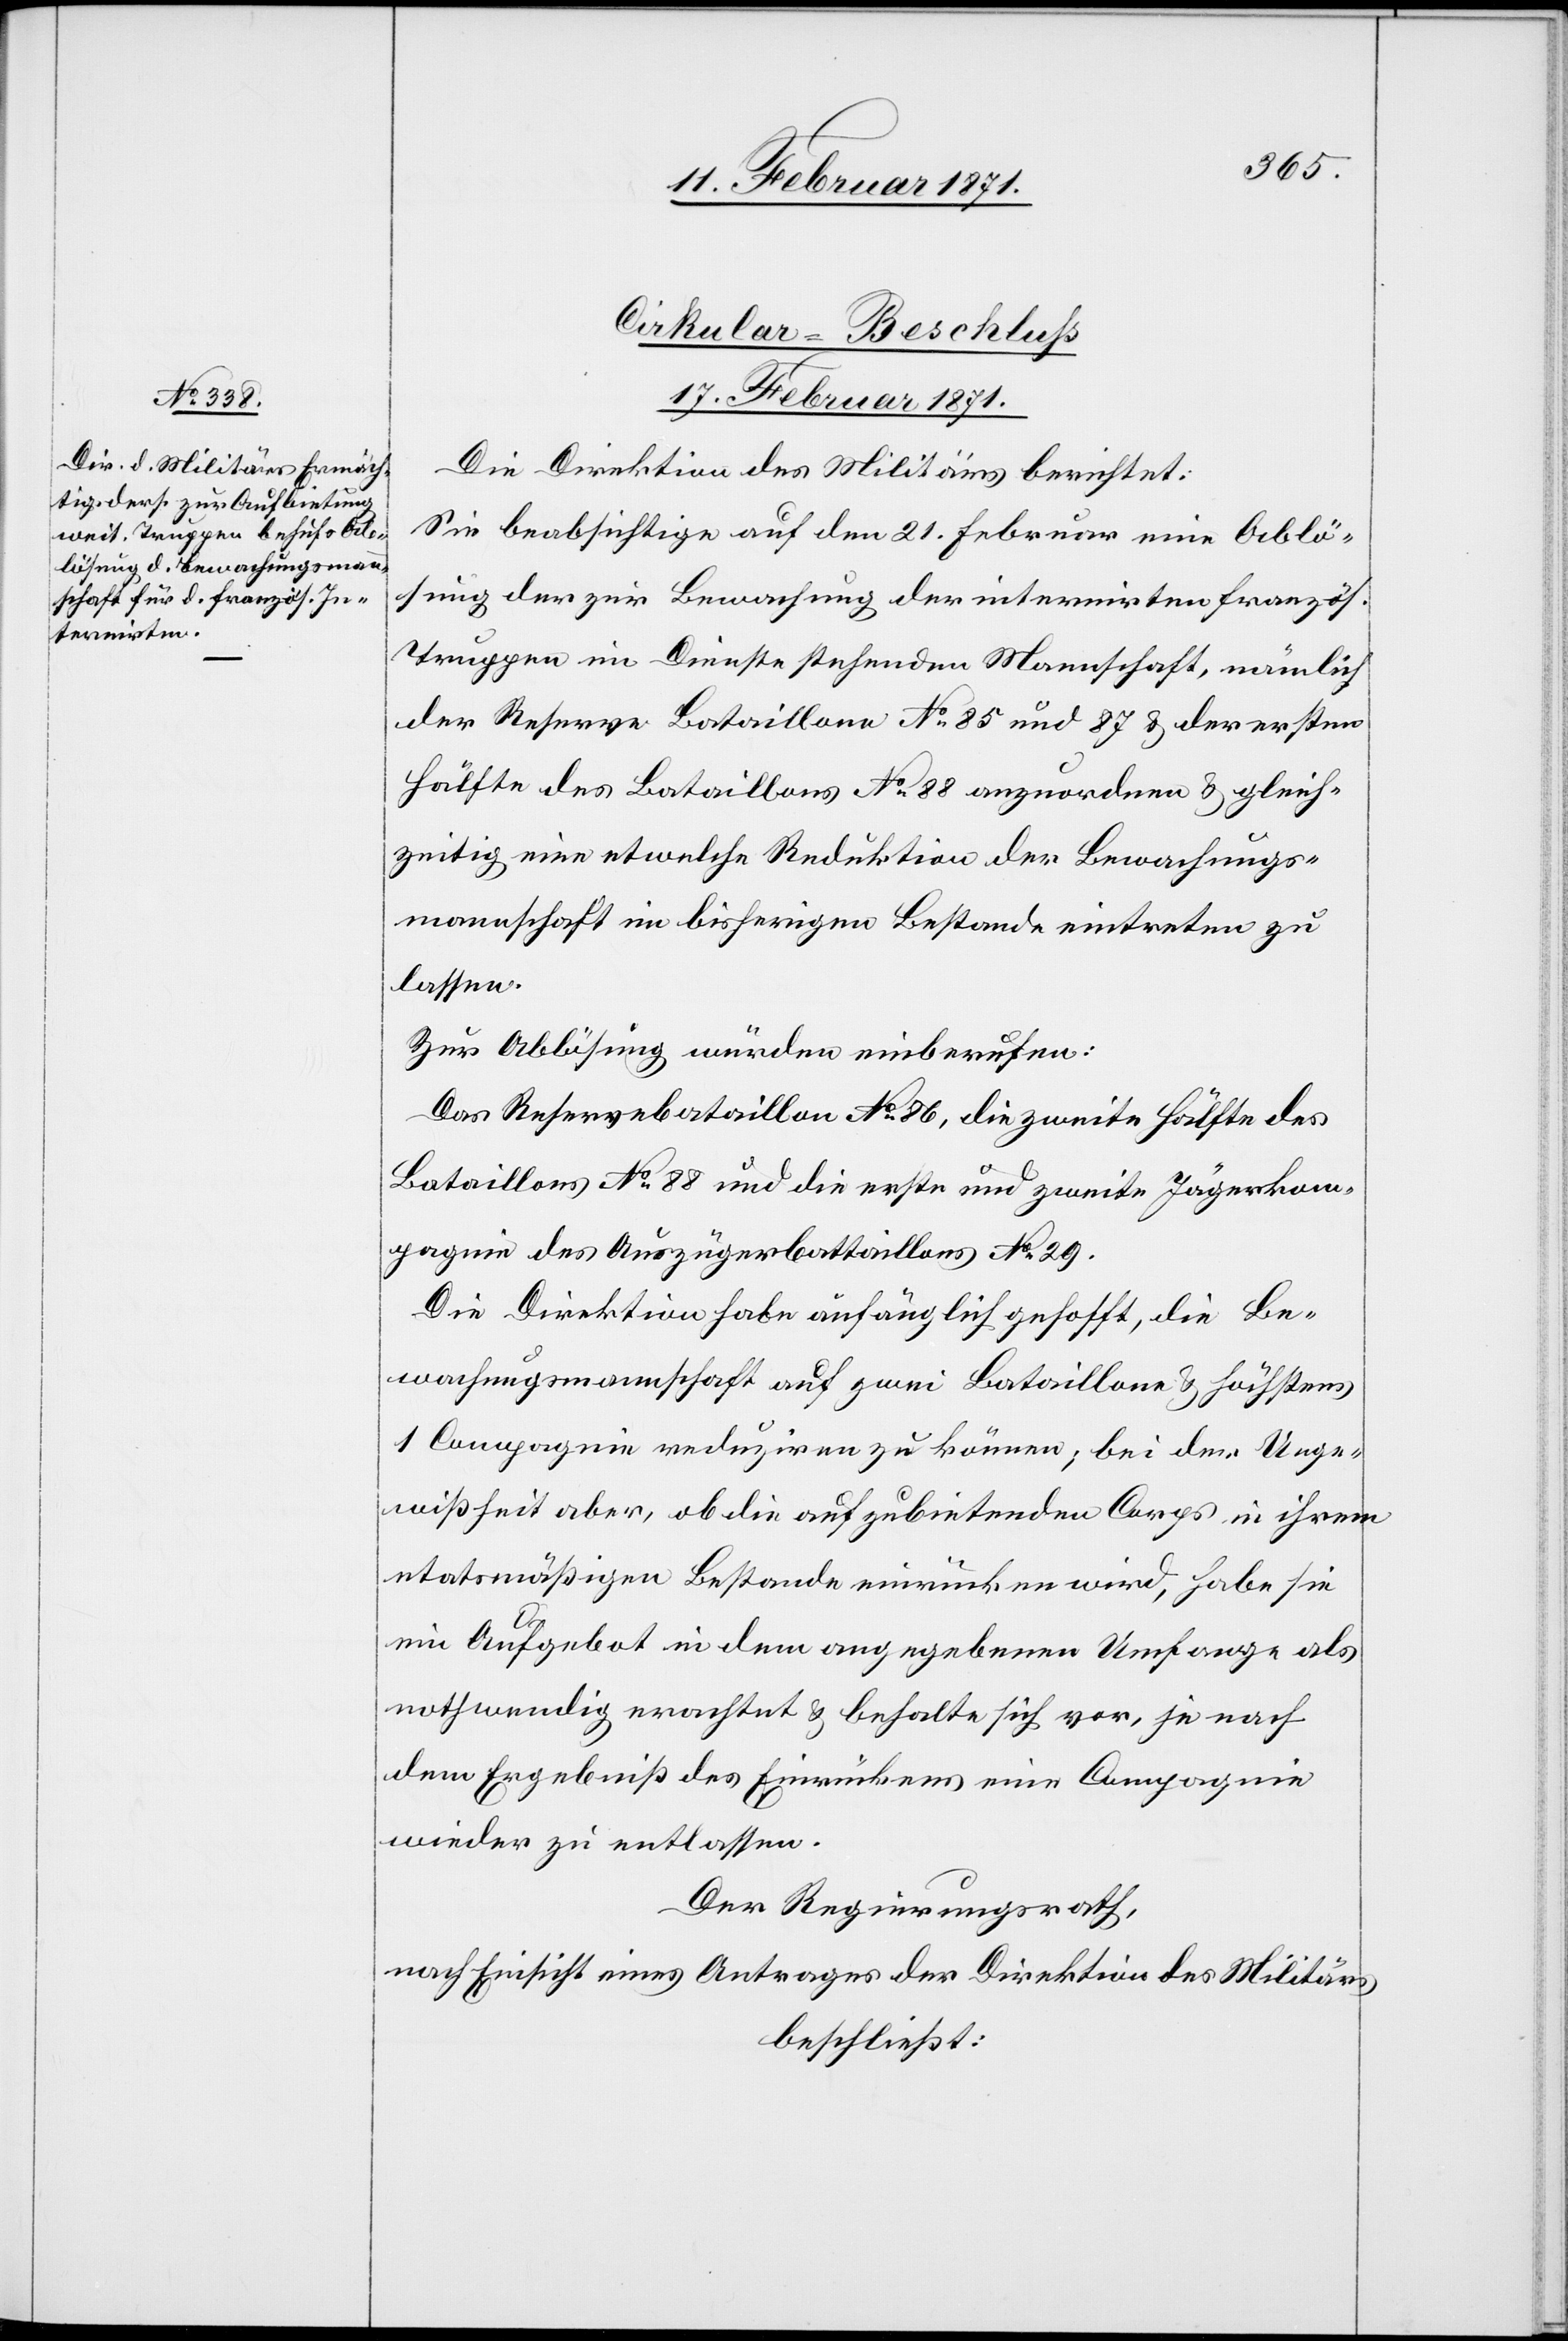
Cirkular-Beschluß
17. Februar 1871.
Die Direktion des Militärs berichtet:
Sie beabsichtige auf den 21. Februar eine Ablö¬
sung der zur Bewachung der internirten französ.
Truppen im Dienste stehenden Mannschaft, nämlich
der Reserve Bataillone No. 85 und 87 u. der ersten
Hälfte des Bataillons No. 88 anzuordnen u. gleich¬
zeitig eine etwelche Reduktion der Bewachungs¬
mannschaft im bisherigen Bestande eintreten zu
lassen.
Zur Ablösung würden einberufen:
Das Reservebataillon No. 86, die zweite Hälfte des
Bataillons No. 88 und die erste und zweite Jägerkom¬
pagnie des Auszügerbattaillons [sic!] No. 29.
Die Direktion habe anfänglich gehofft, die Be¬
wachungsmannschaft auf zwei Bataillone u. höchstens
1 Compagnie reduziren zu können; bei der Unge¬
wißheit aber, ob die aufzubietenden Corps in ihrem
etatsmäßigen Bestande einrücken wird, habe sie
ein Aufgebot in dem angegebenen Umfange als
nothwendig erachtet u. behalte sich vor, je nach
dem Ergebniß des Einrückens eine Compagnie
wieder zu entlassen.
Der Regierungsrath,
nach Einsicht eines Antrages der Direktion des Militärs
beschließt: